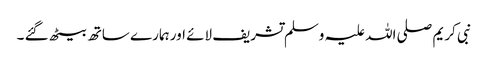
نبی کریم صلی اللہ علیہ وسلم تشریف لائے اور ہمارے ساتھ بیٹھ گئے ۔